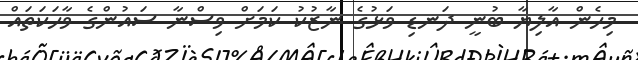
މިހެން އާލިޔާ ބުނީ ދަނޑި ވަޅުގެ ނާޒުކު ކަމަށް ވިސްނާ ސައުންގެ ވާހަކަތައް